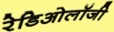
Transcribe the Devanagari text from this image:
रेडिओलॉजी